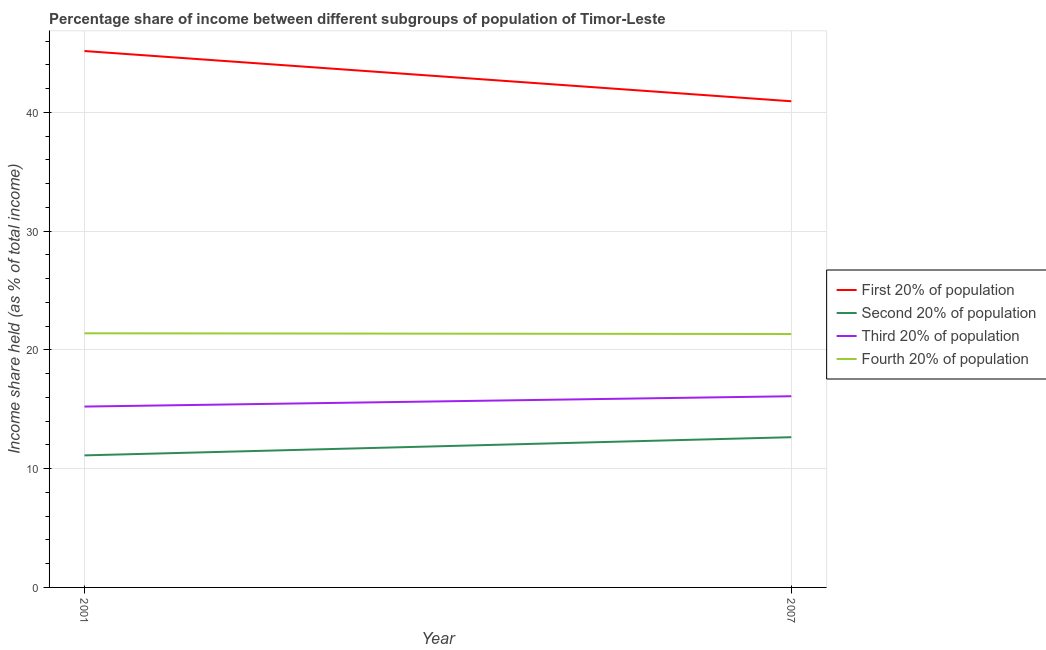
| Year | First 20% of population | Second 20% of population | Third 20% of population | Fourth 20% of population |
 | --- | --- | --- | --- | --- |
 | 2001 | 45.2 | 11.1 | 15.2 | 21.4 |
 | 2007 | 40.9 | 12.7 | 16.1 | 21.3 |